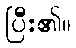
ပြီး၏။